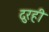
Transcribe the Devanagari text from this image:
दुरही